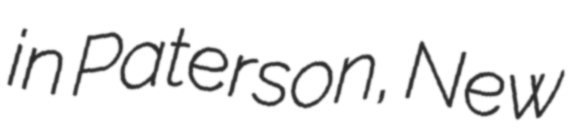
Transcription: in Paterson, New